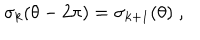
LaTeX: \sigma _ { k } ( \theta - 2 \pi ) = \sigma _ { k + 1 } ( \theta ) \; ,